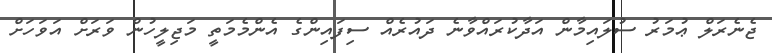
ޖެނެރަލް ޢުމަރު ސުލައިމާން އަދާކުރައްވާނެ ދައުރެއް ސިފައިންގެ އެންމެމަތީ މަޖިލީހުން ވަރަށް އަވަހަށް